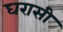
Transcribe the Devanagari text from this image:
घरासी